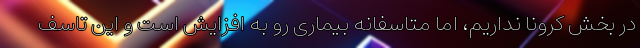
در بخش کرونا نداریم، اما متاسفانه بیماری رو به افزایش است و این تاسف